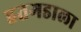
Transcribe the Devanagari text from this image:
हतगडाला